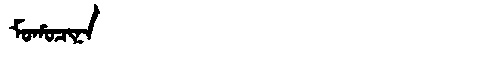
Manchu: ᠮᠣᡥᠣᠴᡳᠨᠠ
Romanization: MOHOCINA